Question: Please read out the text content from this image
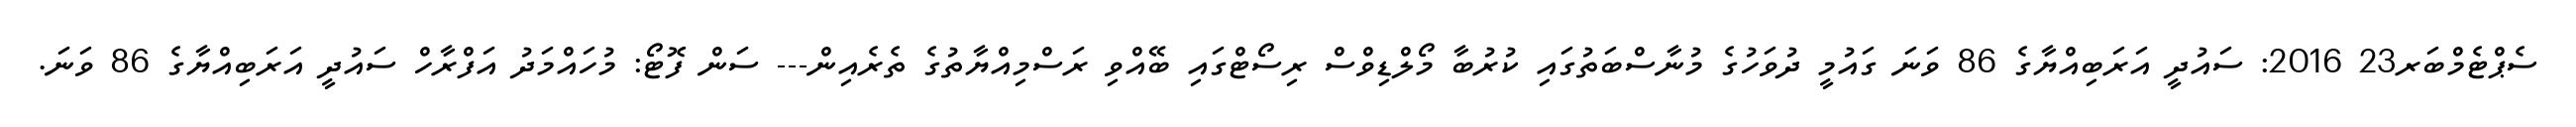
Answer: ސެޕްޓެމްބަރ23 2016: ސައުދީ އަރަބިއްޔާގެ 86 ވަނަ ގައުމީ ދުވަހުގެ މުނާސްބަތުގައި ކުރުބާ މޯލްޑިވްސް ރިސޯޓްގައި ބޭއްވި ރަސްމިއްޔާތުގެ ތެރެއިން--- ސަން ފޮޓޯ: މުހައްމަދު އަފްރާހް ސައުދީ އަރަބިއްޔާގެ 86 ވަނަ.